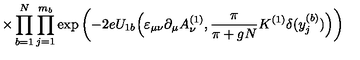
\times \prod _ { b = 1 } ^ { N } \prod _ { j = 1 } ^ { m _ { b } } \exp \left( - 2 e U _ { 1 b } \Big ( \varepsilon _ { \mu \nu } \partial _ { \mu } A _ { \nu } ^ { ( 1 ) } , \frac { \pi } { \pi + g N } K ^ { ( 1 ) } \delta ( y _ { j } ^ { ( b ) } ) \Big ) \right)